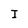
Character: I